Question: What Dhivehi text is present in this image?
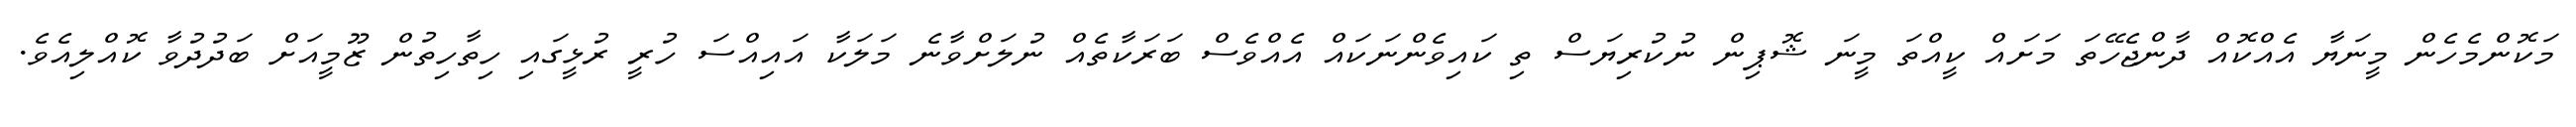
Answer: މަކޮންމެހެން މީނަޔާ އެއްކޮއް ދާންޖެހޭތަ މަށައް ކީއްތަ މީނަ ޝޮޕިން ނުކުރިޔަސް ތި ކައިވެންނަކައް އެއްވެސް ބަރަކާތެއް ނުލަށްވާނެ މަލަކާ އައިއްސަ ހުރީ ރުޅީގައި ހިތާހިތުން ޒޫމީއަށް ބަދުދުވާ ކޮއްލިއެވެ.